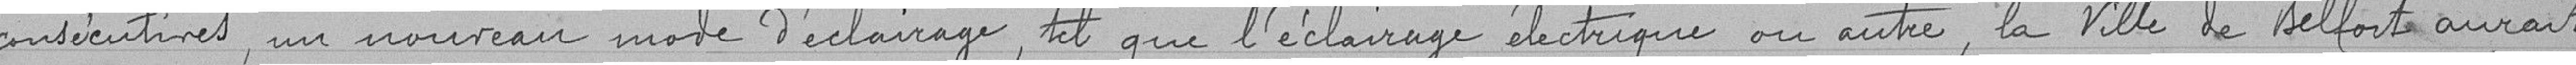
consécutives, un nouveau mode d'éclairage, tel que l'éclairage électrique ou autre, la ville de Belfort aurait